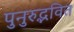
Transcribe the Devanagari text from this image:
पुनुरुद्भवित